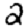
Digit: 2